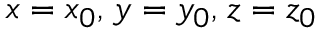
\scriptstyle x \; = \; x _ { 0 } , \; y \; = \; y _ { 0 } , \; z \; = \; z _ { 0 }